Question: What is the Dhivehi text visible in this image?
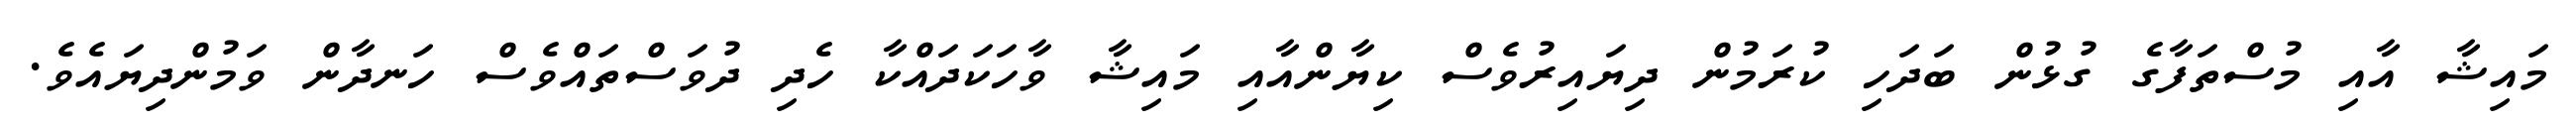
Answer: މައިޝާ އާއި މުސްތަފާގެ ގުޅުން ބަދަހި ކުރަމުން ދިޔައިރުވެސް ކިޔާންއާއި މައިޝާ ވާހަކަދައްކާ ހެދި ދުވަސްތައްވެސް ހަނދާން ވަމުންދިޔައެވެ.